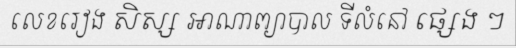
លេខរៀង សិស្ស អាណាព្យាបាល ទីលំនៅ ផ្សេង ៗ